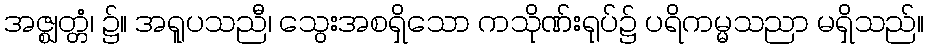
အဇ္ဈတ္တံ၊ ၌။ အရူပသညီ၊ သွေးအစရှိသော ကသိုဏ်းရုပ်၌ ပရိကမ္မသညာ မရှိသည်။